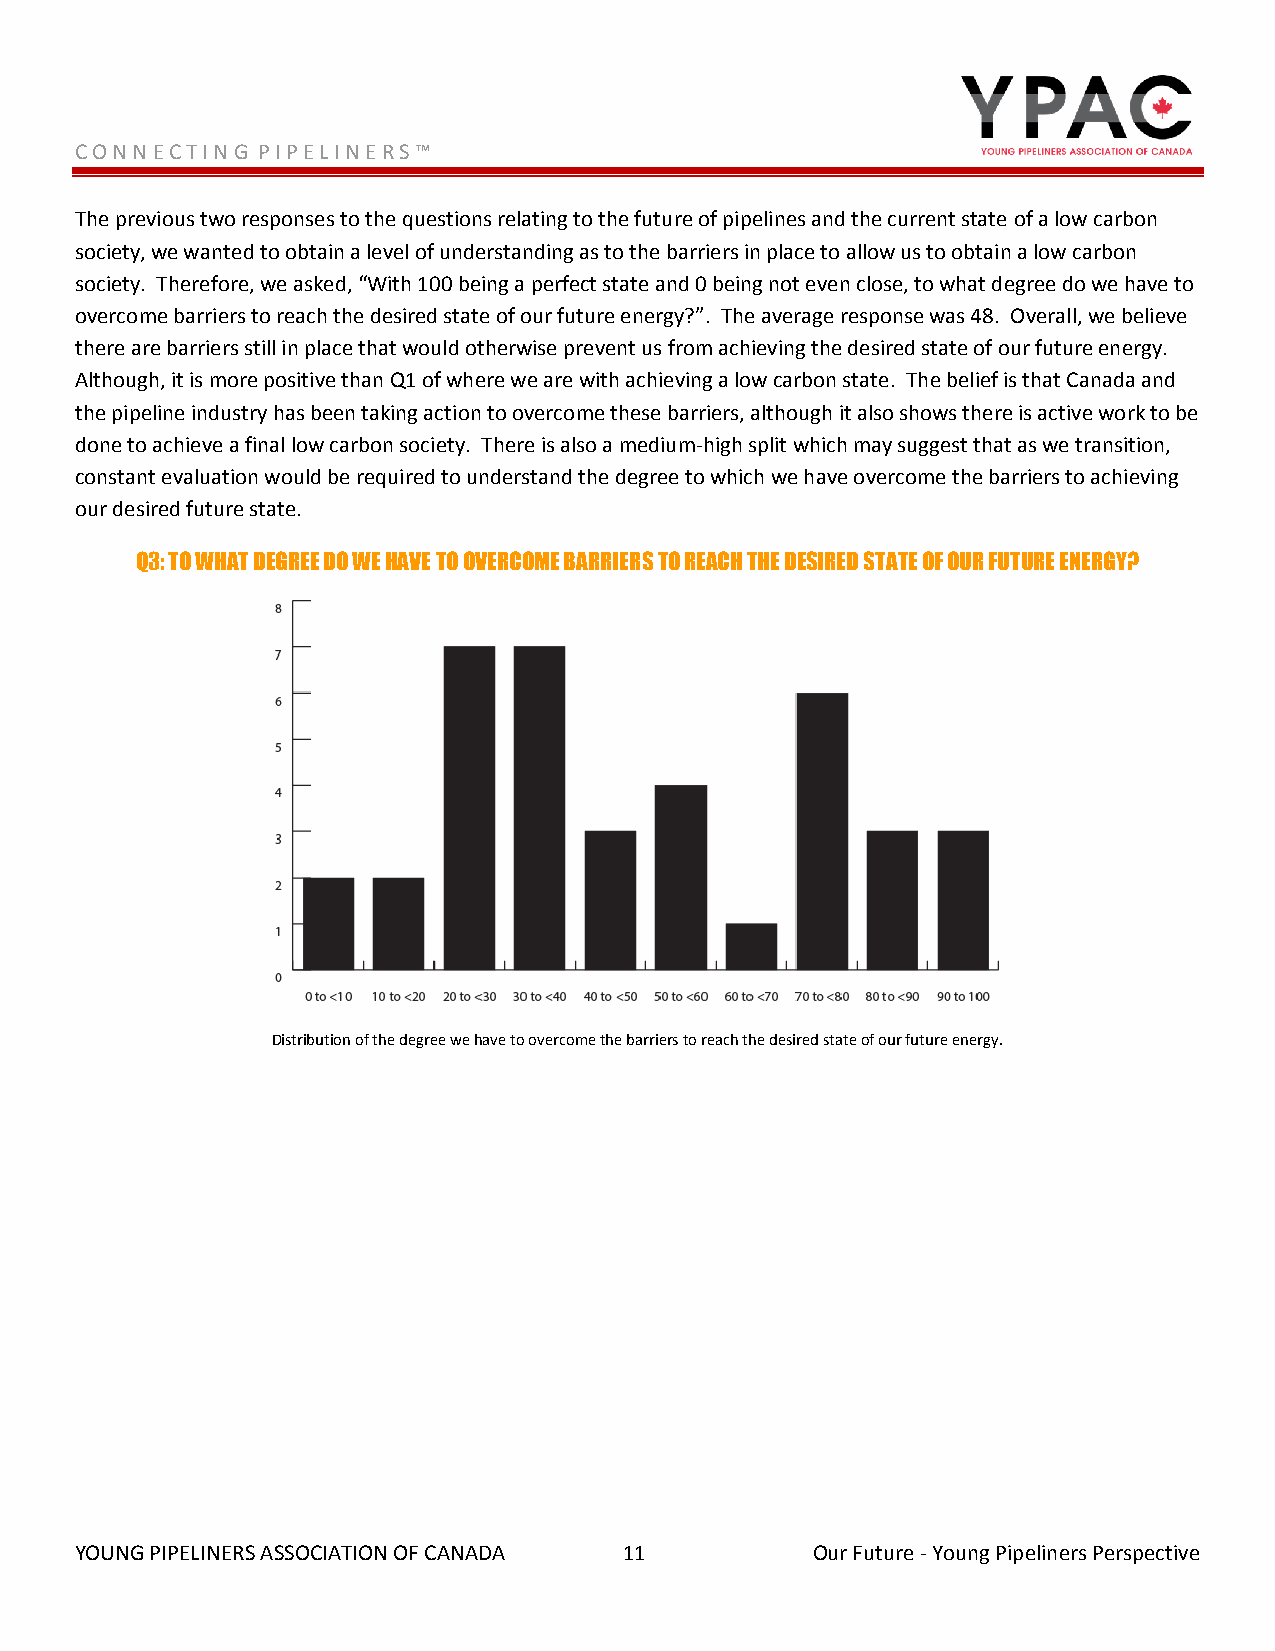
C O N N E C T I N G P I P E L I N E R S ™
 The previous two responses to the questions relating to the future of pipelines and the current state of a low carbon
 society, we wanted to obtain a level of understanding as to the barriers in place to allow us to obtain a low carbon
 society. Therefore, we asked, “With 100 being a perfect state and 0 being not even close, to what degree do we have to
 overcome barriers to reach the desired state of our future energy?”. The average response was 48. Overall, we believe
 there are barriers still in place that would otherwise prevent us from achieving the desired state of our future energy.
 Although, it is more positive than Q1 of where we are with achieving a low carbon state. The belief is that Canada and
 the pipeline industry has been taking action to overcome these barriers, although it also shows there is active work to be
 done to achieve a final low carbon society. There is also a medium-high split which may suggest that as we transition,
 constant evaluation would be required to understand the degree to which we have overcome the barriers to achieving
 our desired future state.
 Q3: TO WHAT DEGREE DO WE HAVE TO OVERCOME BARRIERS TO REACH THE DESIRED STATE OF OUR FUTURE ENERGY?
 Distribution of the degree we have to overcome the barriers to reach the desired state of our future energy.
 YOUNG PIPELINERS ASSOCIATION OF CANADA 11        Our Future - Young Pipeliners Perspective